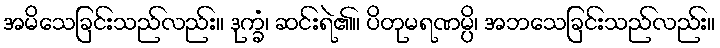
အမိသေခြင်းသည်လည်း။ ဒုက္ခံ၊ ဆင်းရဲ၏။ ပိတုမရဏမ္ပိ၊ အဘသေခြင်းသည်လည်း။